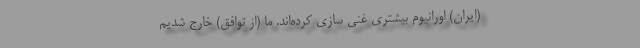
(ایران) اورانیوم بیشتری غنی سازی کرده‌اند. ما (از توافق) خارج شدیم